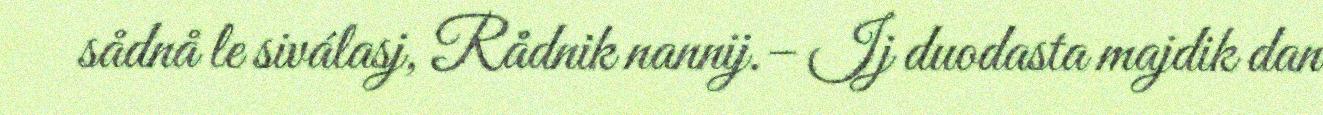
sådnå le siválasj, Rådnik nannij.– Ij duodasta majdik dan